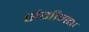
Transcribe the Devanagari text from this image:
संगीनता